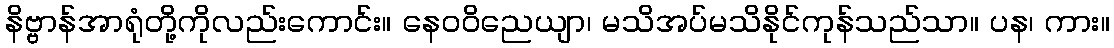
နိဗ္ဗာန်အာရုံတို့ကိုလည်းကောင်း။ နေဝဝိညေယျာ၊ မသိအပ်မသိနိုင်ကုန်သည်သာ။ ပန၊ ကား။